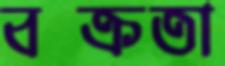
বক্রতা